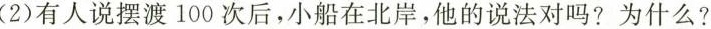
(2)有人说摆渡100次后，小船在北岸，他的说法对吗? 为什么?